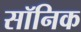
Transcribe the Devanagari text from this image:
सॉनिक